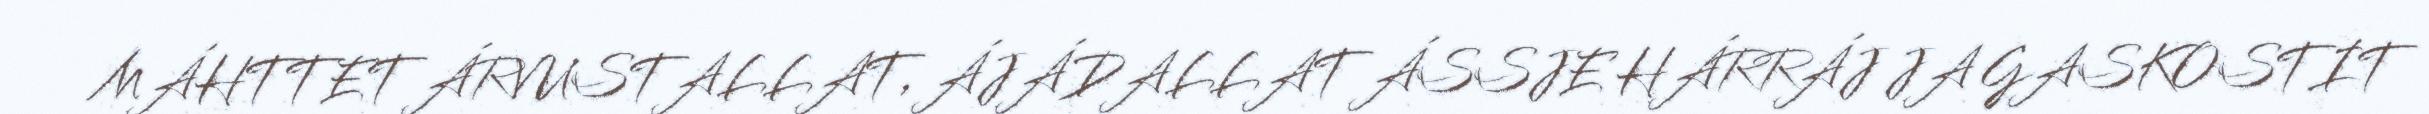
MÁHTTET ÁRVUSTALLAT, ÁJÁDALLAT ÁSSJE HÁRRÁJ JA GASKOSTIT